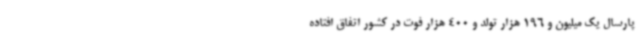
پارسال یک میلیون و 196 هزار تولد و 400 هزار فوت در کشور اتفاق افتاده